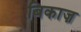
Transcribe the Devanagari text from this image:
बिकाज़